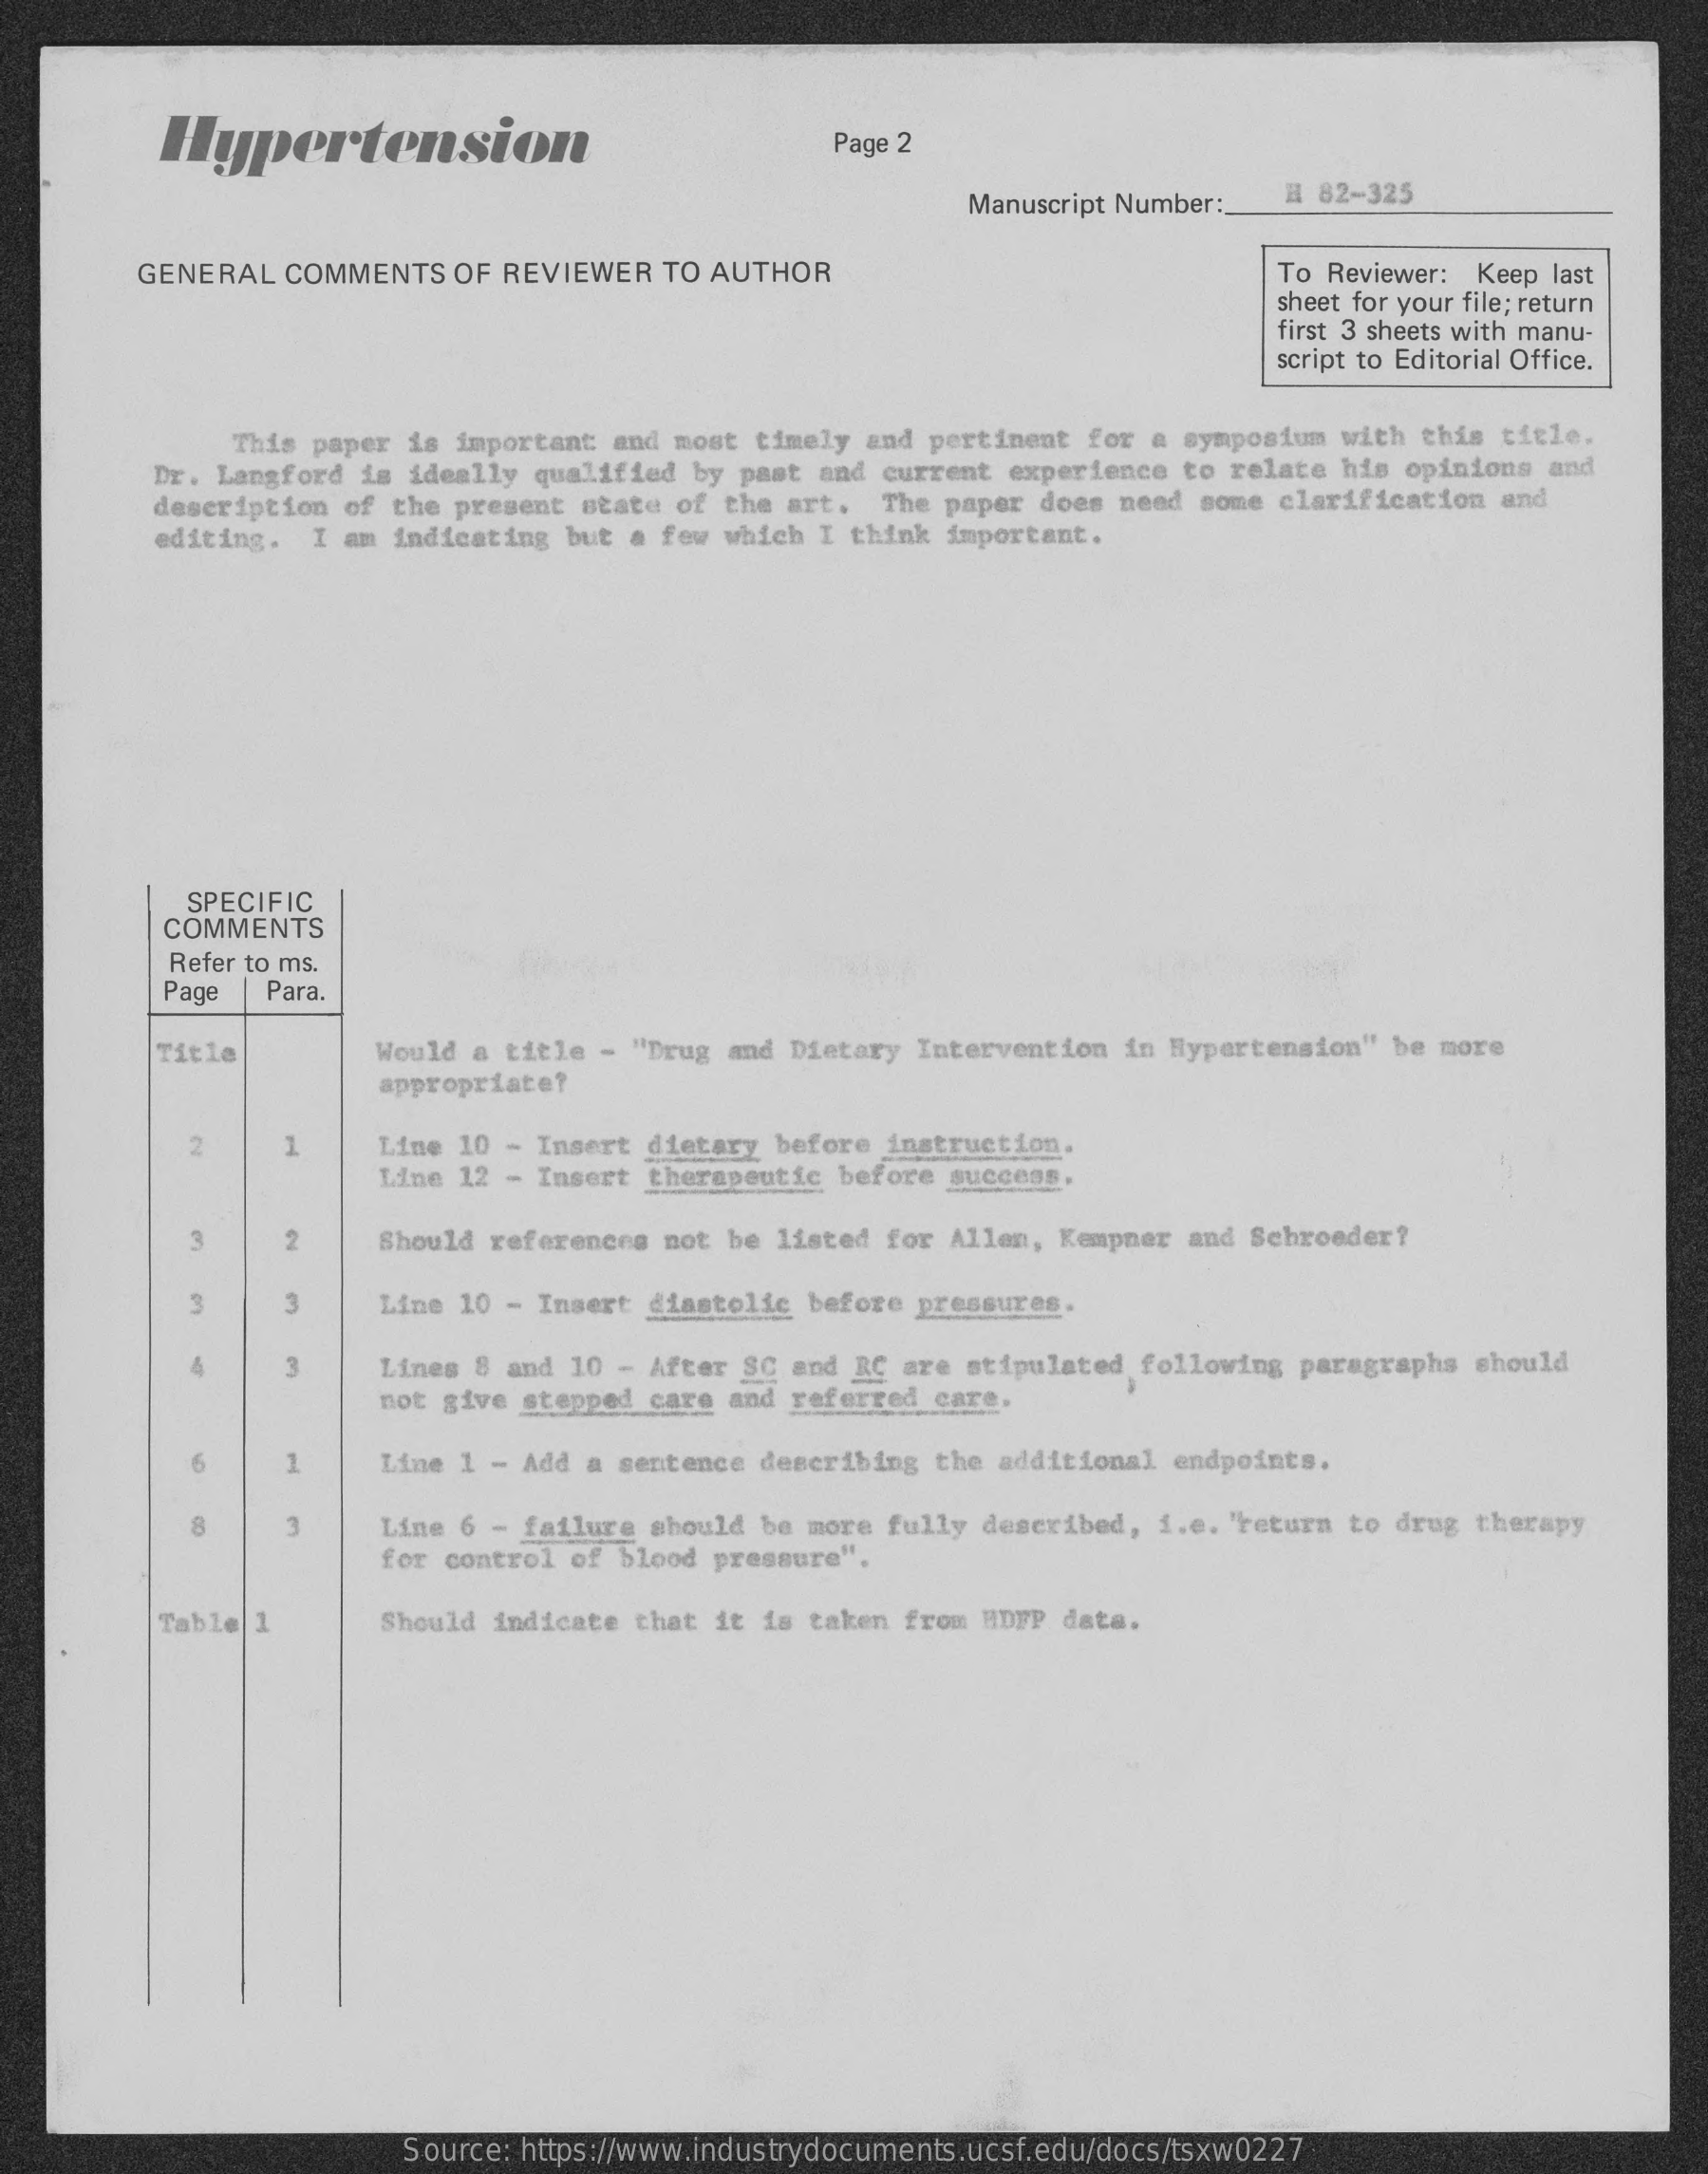
Hypertension    Page 2
     Manuscript Number: H 82-325
     GENERAL COMMENTS OF REVIEWER TO AUTHOR    To Reviewer: Keep last
     sheet for your file; return
     first 3 sheets with manu-
     script to Editorial Office.
     This paper is important and most timely and pertinent for a symposium with this title.
     Dr. Langford is ideally qualified by past and current experience to relate his opinions and
     description of the present state of the art. The paper does need some clarification and
     editing. I am indicating but a few which I think important.
     SPECIFIC
     COMMENTS
     Refer to ms.
     Page Para.
     Title    Would a title - "Drug and Dietary Intervention in Hypertension" be more
     appropriate?
     2    Line 10 - Insert dietary before instruction.
     Line 12 - Insert therapeutic before success.
     Should references not be listed for Allen, Kempner and Schroeder?
     3   Line 10 - Insert diastolic before pressures.
     3    Lines 8 and 10 - After SC and RC are stipulated following paragraphs should
     not give stepped care and referred care.
     Line 1 - Add a sentence describing the additional endpoints.
     3    Line 6 - failure should be more fully described, i.e. 'return to drug therapy
     for control of blood pressure".
     Table 1    Should indicate that it is taken from HDFP data.
     Source: https://www.industrydocuments.ucsf.edu/docs/tsxw0227